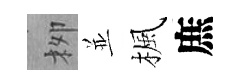
栁並楓庶